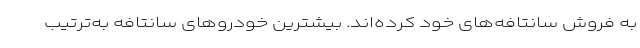
به فروش سانتافه‌های خود کرده‌اند. بیشترین خودروهای سانتافه‌ به‌ترتیب